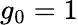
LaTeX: g_{0}=1